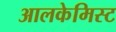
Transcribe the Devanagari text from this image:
आलकेमिस्ट